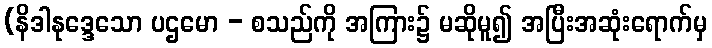
(နိဒါနုဒ္ဒေသော ပဌမော - စသည်ကို အကြား၌ မဆိုမူ၍ အပြီးအဆုံးရောက်မှ